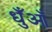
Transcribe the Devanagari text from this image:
धुँआँ